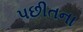
પછીતના